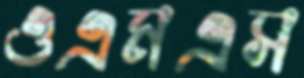
ওএমএস